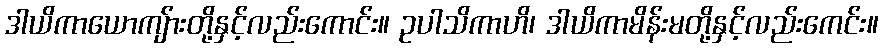
ဒါယိကာယောကျ်ားတို့နှင့်လည်းကောင်း။ ဥပါသိကာဟိ၊ ဒါယိကာမိန်းမတို့နှင့်လည်းကေင်း။